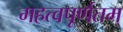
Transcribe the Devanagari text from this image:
महत्वपूर्णतम्